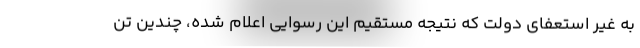
به غیر استعفای دولت که نتیجه مستقیم این رسوایی اعلام شده، چندین تن